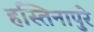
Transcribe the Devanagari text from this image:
हस्तिनापुरे